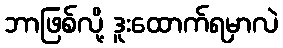
ဘာဖြစ်လို့ ဒူးထောက်ရမှာလဲ